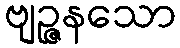
ဗျဉ္ဇနသော